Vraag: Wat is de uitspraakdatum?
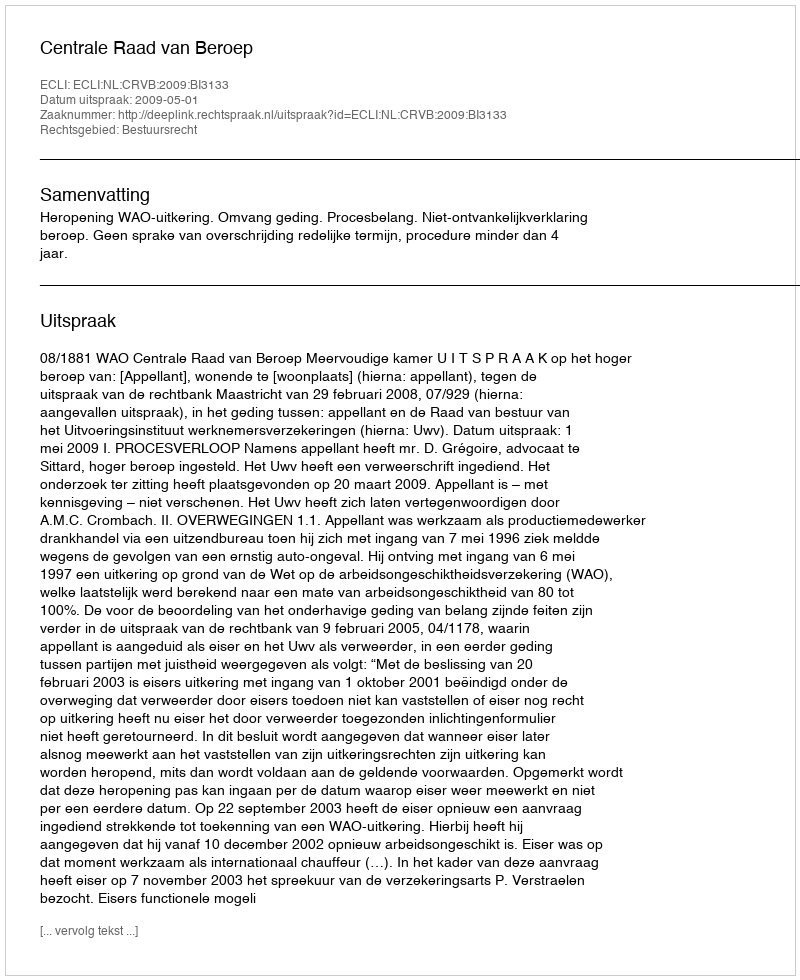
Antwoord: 2009-05-01